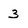
Character: 3